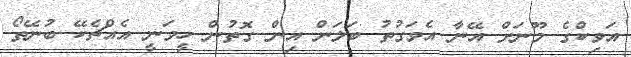
އަވިކްގެ މޫނަށް އޭނާ އެވަގުތު ބަލަން އިން ގޮތުން ހީވަނީ އެއްޗެކޭ ބުނޭތޯ